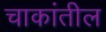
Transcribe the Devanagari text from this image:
चाकांतील